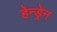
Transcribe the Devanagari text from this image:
हेन्ड्रेन